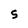
Character: 5